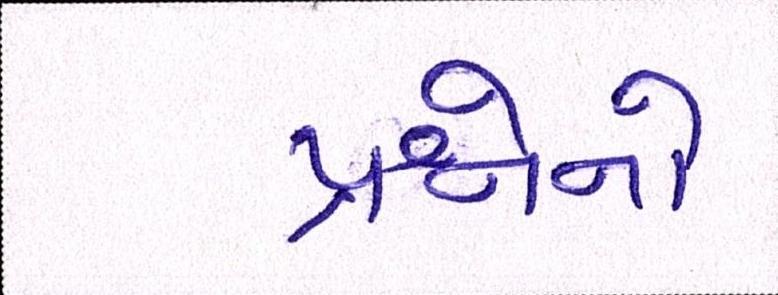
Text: પ્રશ્નોનો